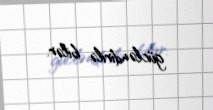
gücləndirilə bilər.